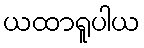
ယထာရူပါယ